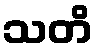
သတိ